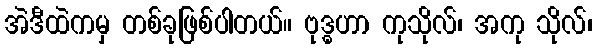
အဲဒီထဲကမှ တစ်ခုဖြစ်ပါတယ်။ ဗုဒ္ဓဟာ ကုသိုလ်၊ အကု သိုလ်၊